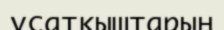
ұсатқыштарын